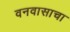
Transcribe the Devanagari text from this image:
वनवासाचा